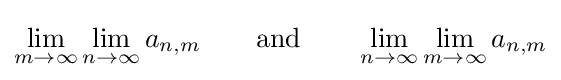
\lim _{m\to \infty }\lim _{n\to \infty }a_{n,m}\qquad {\text{and}}\qquad \lim _{n\to \infty }\lim _{m\to \infty }a_{n,m}